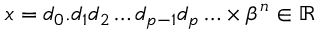
x = d _ { 0 } . d _ { 1 } d _ { 2 } \ldots d _ { p - 1 } d _ { p } \ldots \times \beta ^ { n } \in \mathbb { R }